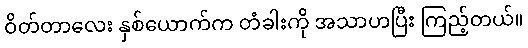
ဝိတ်တာလေး နှစ်ယောက်က တံခါးကို အသာဟပြီး ကြည့်တယ်။